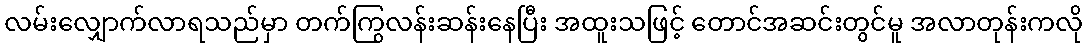
လမ်းလျှောက်လာရသည်မှာ တက်ကြွလန်းဆန်းနေပြီး အထူးသဖြင့် တောင်အဆင်းတွင်မူ အလာတုန်းကလို